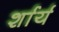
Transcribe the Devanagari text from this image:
र्शार्य